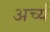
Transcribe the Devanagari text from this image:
अर्च्य